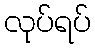
လုပ်ရပ်